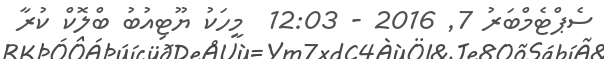
ސެޕްޓެމްބަރު 7